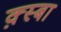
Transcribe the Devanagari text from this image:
क़्स्बा